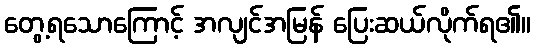
တွေ့ရသောကြောင့် အလျင်အမြန် ပြေးဆယ်လိုက်ရ၏။